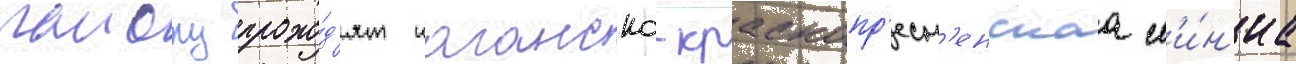
раиону прохо́д'ят таганско-краснопр'есн'енскаа л'и́н'иа